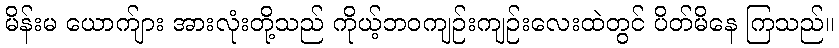
မိန်းမ ယောက်ျား အားလုံးတို့သည် ကိုယ့်ဘဝကျဉ်းကျဉ်းလေးထဲတွင် ပိတ်မိနေ ကြသည်။